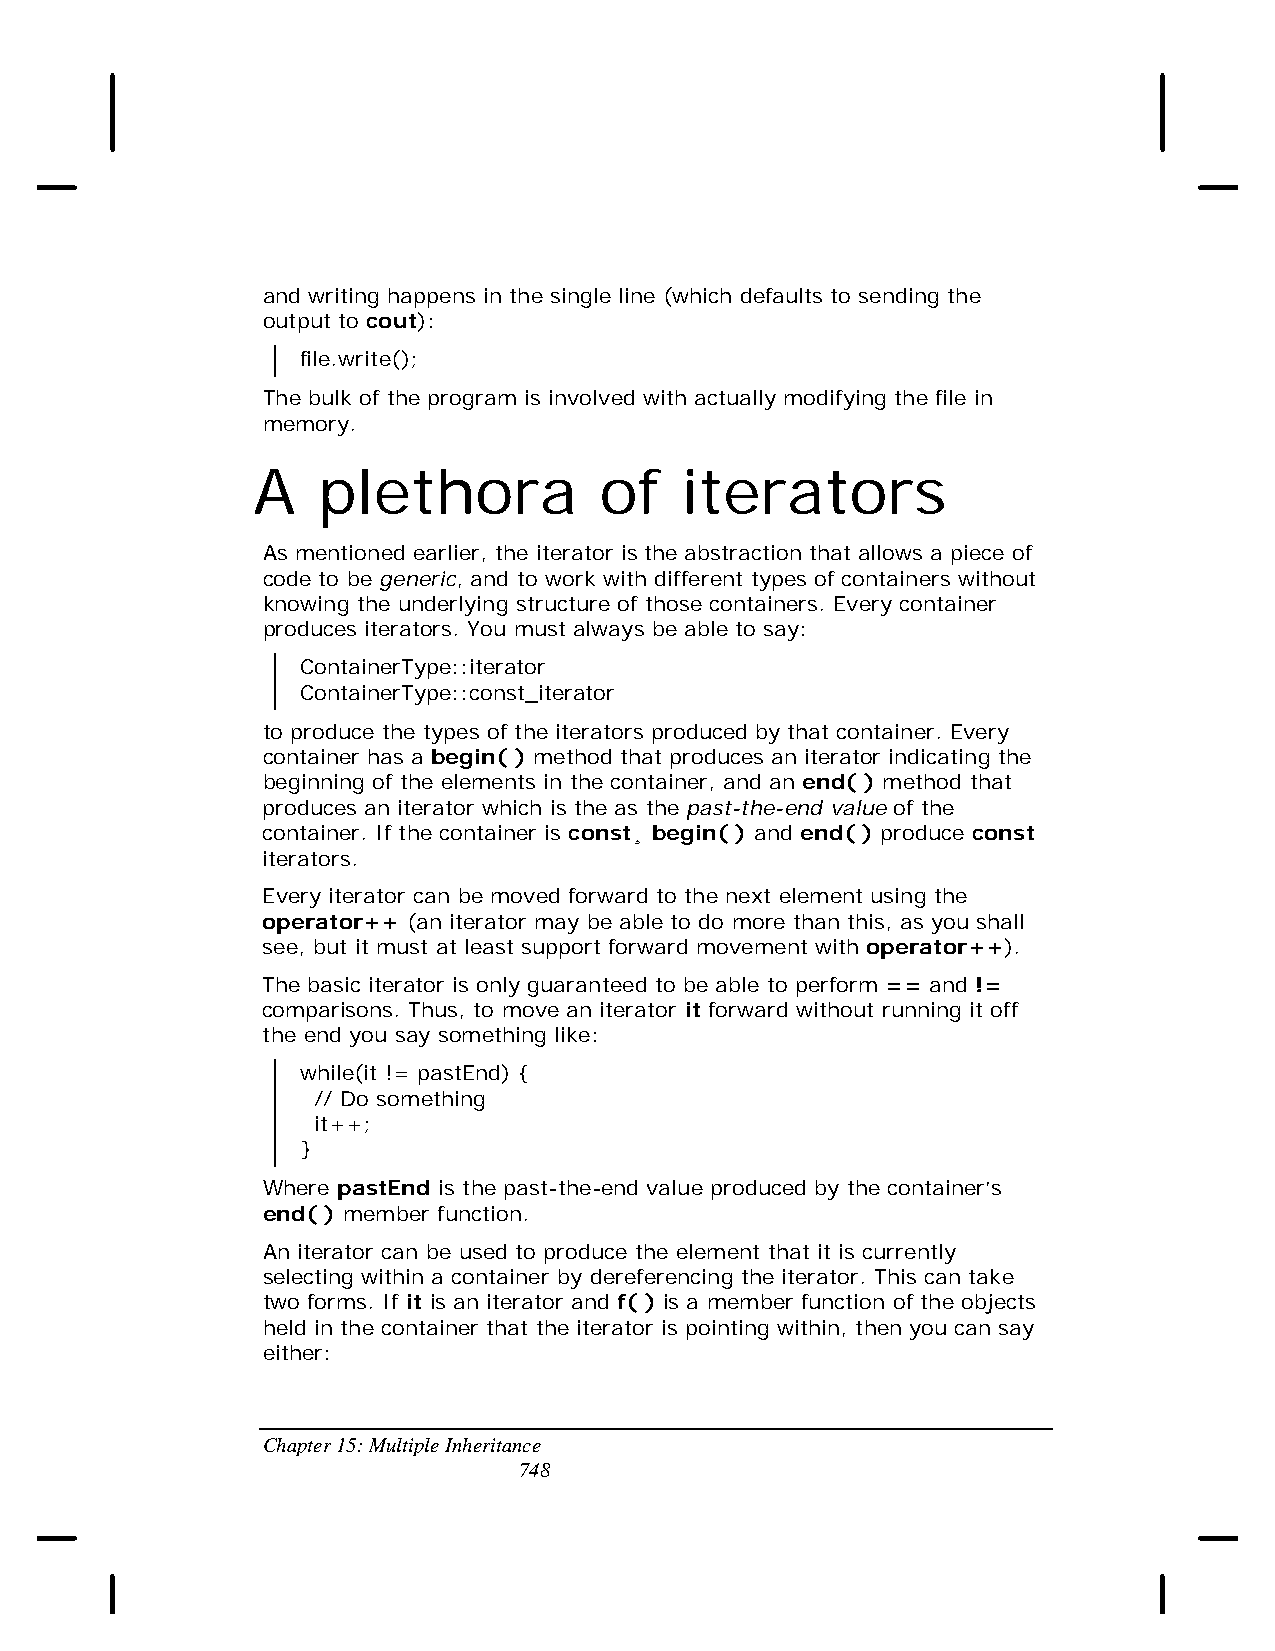
and writing happens in the single line (which defaults to sending the
 output to cout):
 file.write();
 The bulk of the program is involved with actually modifying the file in
 memory.
 A   plethora           of   iterators
 As mentioned earlier, the iterator is the abstraction that allows a piece of
 code to be generic, and to work with different types of containers without
 knowing the underlying structure of those containers. Every container
 produces iterators. You must always be able to say:
 ContainerType::iterator
 ContainerType::const_iterator
 to produce the types of the iterators produced by that container. Every
 container has a begin( ) method that produces an iterator indicating the
 beginning of the elements in the container, and an end( ) method that
 produces an iterator which is the as the past-the-end value of the
 container. If the container is const¸ begin( ) and end( ) produce const
 iterators.
 Every iterator can be moved forward to the next element using the
 operator++ (an iterator may be able to do more than this, as you shall
 see, but it must at least support forward movement with operator++).
 The basic iterator is only guaranteed to be able to perform == and !=
 comparisons. Thus, to move an iterator it forward without running it off
 the end you say something like:
 while(it != pastEnd) {
 // Do something
 it++;
 }
 Where pastEnd is the past-the-end value produced by the container’s
 end( ) member function.
 An iterator can be used to produce the element that it is currently
 selecting within a container by dereferencing the iterator. This can take
 two forms. If it is an iterator and f( ) is a member function of the objects
 held in the container that the iterator is pointing within, then you can say
 either:
 Chapter 15: Multiple Inheritance
 748